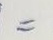
=